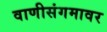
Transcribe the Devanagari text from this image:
वाणीसंगमावर